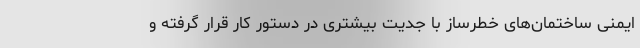
ایمنی ساختمان‌های خطرساز با جدیت بیشتری در دستور کار قرار گرفته و